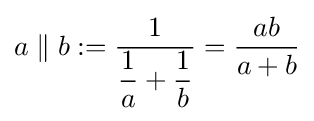
a\parallel b\mathrel {:=} {\frac {1}{{\dfrac {1}{a}}+{\dfrac {1}{b}}}}={\frac {ab}{a+b}}